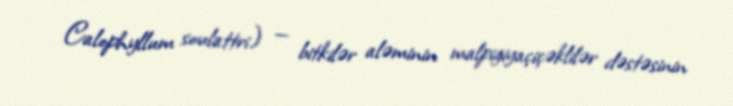
Calophyllum soulattri) — bitkilər aləminin malpigiyaçiçəklilər dəstəsinin